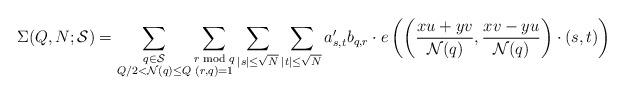
LaTeX: \begin{align*} \Sigma(Q,N;\mathcal{S})= \sum\limits_{\substack{q\in \mathcal{S}\\ Q/2<\mathcal{N}(q)\le Q}} \sum\limits_{\substack{r \bmod{q}\\ (r,q)=1}} \sum\limits_{|s|\le \sqrt{N}} \sum\limits_{|t|\le \sqrt{N}} a_{s,t}'b_{q,r} \cdot e\left(\left(\frac{xu+yv}{\mathcal{N}(q)},\frac{xv-yu}{\mathcal{N}(q)}\right)\cdot (s,t)\right)\end{align*}